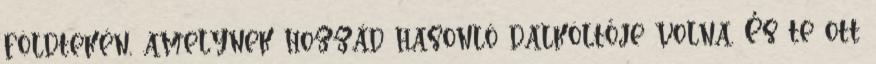
földtekén, amelynek hozzád hasonló dalköltője volna. És te ott